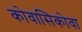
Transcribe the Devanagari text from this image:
कोवासिकोवा